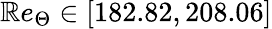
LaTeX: \mathbb{R}e_{\Theta}\in\left[182.82,208.06\right]